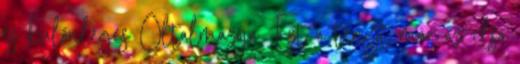
és különleges Oltalmazója. Ezt a tényt már az első